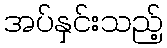
အပ်နှင်းသည့်